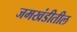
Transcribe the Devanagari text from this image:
जमखंडीतील